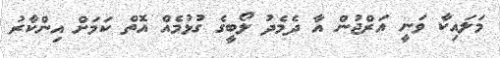
މަލައިކާ ވަނީ އަރްޖުން އާ ދެމެދު ލޯބީގެ ގުޅުމެއް އޮތް ކަމަށް އިންކާރު